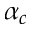
\alpha _ { c }